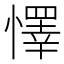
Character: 懌